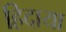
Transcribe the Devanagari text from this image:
हिदाया